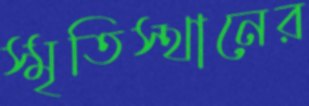
স্মৃতিস্থানের